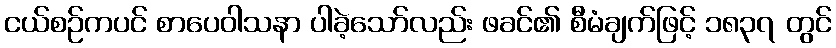
ငယ်စဉ်ကပင် စာပေဝါသနာ ပါခဲ့သော်လည်း ဖခင်၏ စီမံချက်ဖြင့် ၁၈၃၇ တွင်